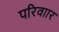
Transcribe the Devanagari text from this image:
परिवाार